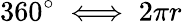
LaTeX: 360^{\circ}\iff 2\pi r